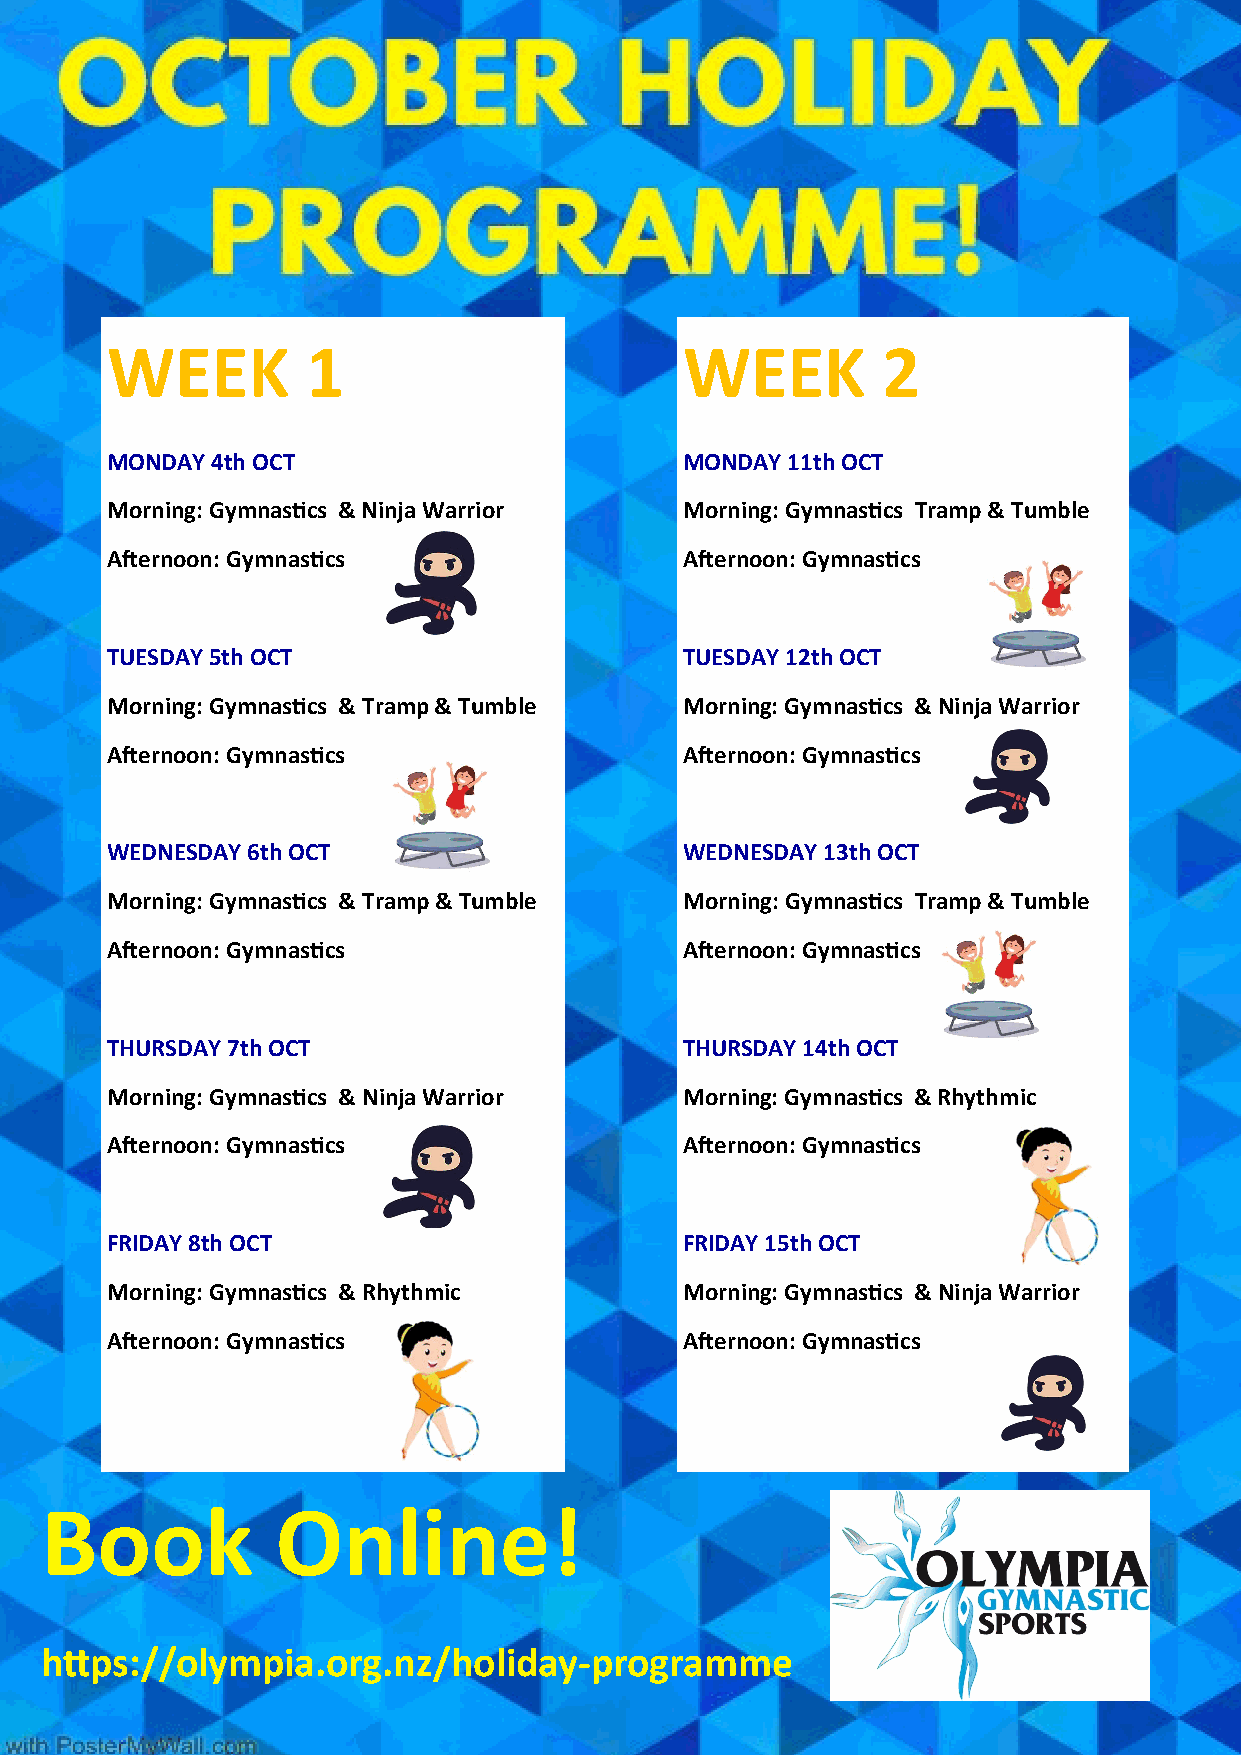
WEEK         1                        WEEK         2
 MONDAY 4th OCT                        MONDAY 11th OCT
 Morning: Gymnastics & Ninja Warrior   Morning: Gymnastics Tramp & Tumble
 Afternoon: Gymnastics                 Afternoon: Gymnastics
 TUESDAY 5th OCT                       TUESDAY 12th OCT
 Morning: Gymnastics & Tramp & Tumble  Morning: Gymnastics & Ninja Warrior
 Afternoon: Gymnastics                 Afternoon: Gymnastics
 WEDNESDAY 6th OCT                     WEDNESDAY 13th OCT
 Morning: Gymnastics & Tramp & Tumble  Morning: Gymnastics Tramp & Tumble
 Afternoon: Gymnastics                 Afternoon: Gymnastics
 THURSDAY 7th OCT                      THURSDAY 14th OCT
 Morning: Gymnastics & Ninja Warrior   Morning: Gymnastics & Rhythmic
 Afternoon: Gymnastics                 Afternoon: Gymnastics
 FRIDAY 8th OCT                        FRIDAY 15th OCT
 Morning: Gymnastics & Rhythmic        Morning: Gymnastics & Ninja Warrior
 Afternoon: Gymnastics                 Afternoon: Gymnastics
 Book           Online!
 https://olympia.org.nz/holiday-programme